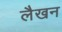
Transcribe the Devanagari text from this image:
लैखन